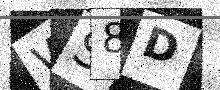
Text: WS8D